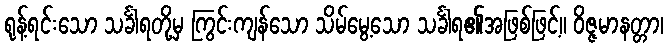
ရုန့်ရင်းသော သင်္ခါရတို့မှ ကြွင်းကျန်သော သိမ်မွေ့သော သင်္ခါရ၏အဖြစ်ဖြင့်။ ဝိဇ္ဇမာနတ္တာ၊